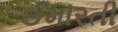
ઈમારતી